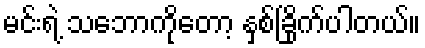
မင်းရဲ့ သဘောကိုတော့ နှစ်ခြိုက်ပါတယ်။